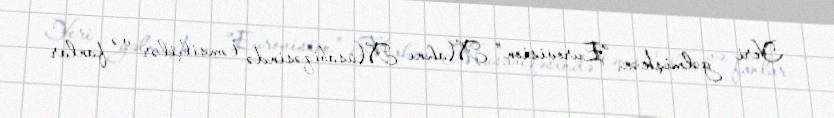
Yeri gəlmişkən, “Eurovision” Mahnı Müsabiqəsində təmsilçilər və fanlar